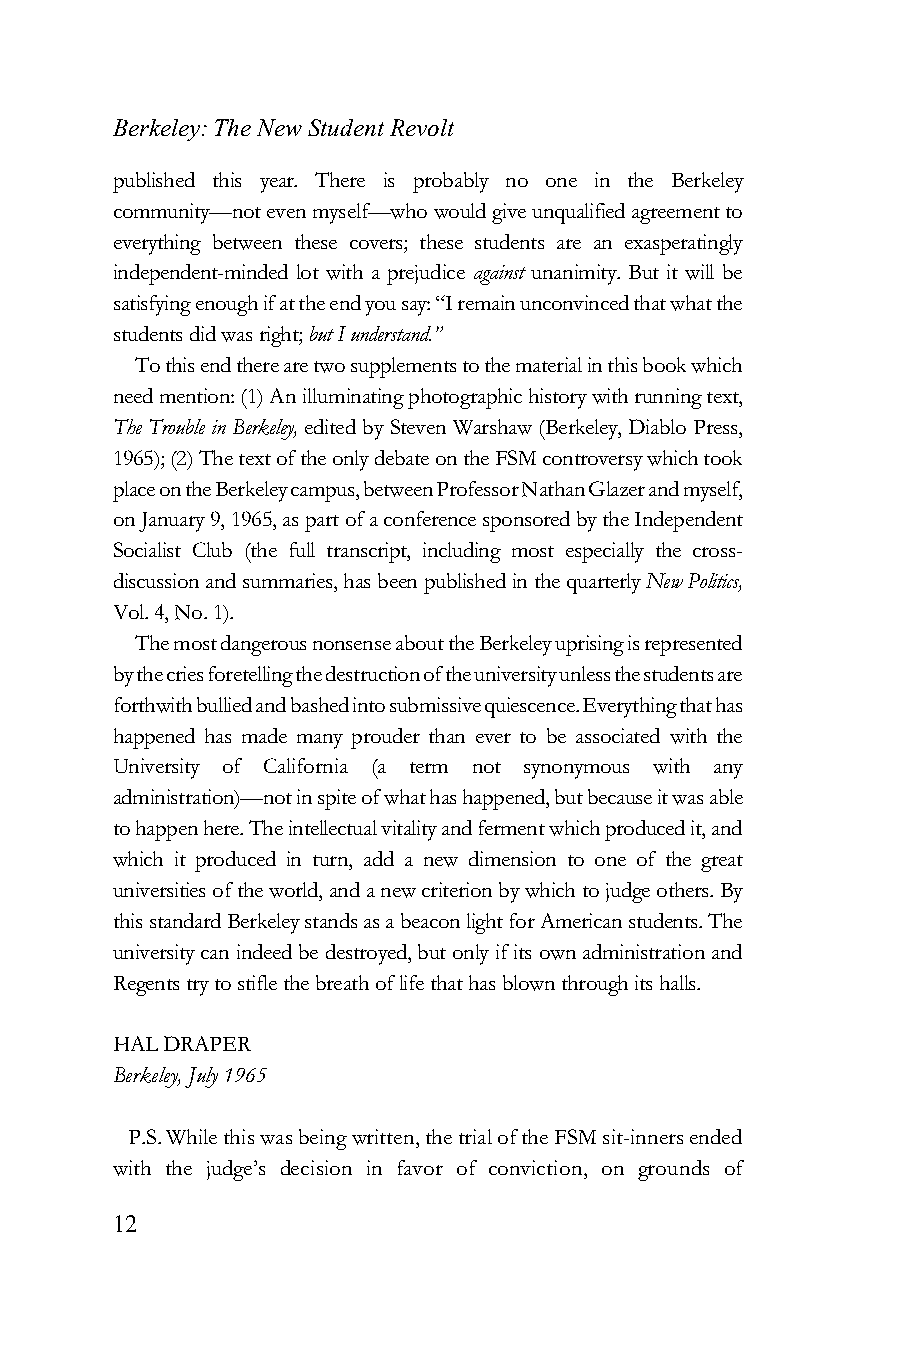
Berkeley: The New Student Revolt
 published this year. There is probably no one in the Berkeley
 community—not even myself—who would give unqualified agreement to
 everything between these covers; these students are an exasperatingly
 independent-minded lot with a prejudice against unanimity. But it will be
 satisfying enough if at the end you say: “I remain unconvinced that what the
 students did was right; but I understand.”
 To this end there are two supplements to the material in this book which
 need mention: (1) An illuminating photographic history with running text,
 The Trouble in Berkeley, edited by Steven Warshaw (Berkeley, Diablo Press,
 1965); (2) The text of the only debate on the FSM controversy which took
 place on the Berkeley campus, between Professor Nathan Glazer and myself,
 on January 9, 1965, as part of a conference sponsored by the Independent
 Socialist Club (the full transcript, including most especially the cross-
 discussion and summaries, has been published in the quarterly New Politics,
 Vol. 4, No. 1).
 The most dangerous nonsense about the Berkeley uprising is represented
 by the cries foretelling the destruction of the university unless the students are
 forthwith bullied and bashed into submissive quiescence. Everything that has
 happened has made many prouder than ever to be associated with the
 University of California (a term not synonymous with any
 administration)—not in spite of what has happened, but because it was able
 to happen here. The intellectual vitality and ferment which produced it, and
 which it produced in turn, add a new dimension to one of the great
 universities of the world, and a new criterion by which to judge others. By
 this standard Berkeley stands as a beacon light for American students. The
 university can indeed be destroyed, but only if its own administration and
 Regents try to stifle the breath of life that has blown through its halls.
 HAL DRAPER
 Berkeley, July 1965
 P.S. While this was being written, the trial of the FSM sit-inners ended
 with the judge’s decision in favor of conviction, on grounds of
 12